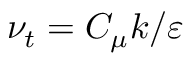
\nu _ { t } = { C _ { \mu } k } / { \varepsilon }